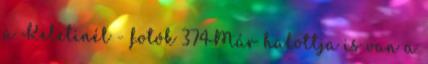
a Keletinél - fotók 374Már halottja is van a